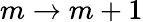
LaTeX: m\to m+1